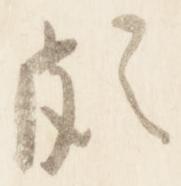
頗